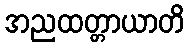
အညထတ္တာယာတိ